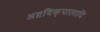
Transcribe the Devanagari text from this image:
अष्टदिक्‌पालादि